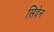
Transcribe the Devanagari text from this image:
सिदेन